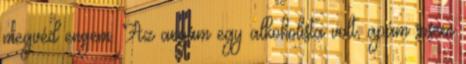
megvéd engem. Az anyám egy alkoholista volt, apám sosem